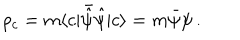
\rho _ { c } = m \langle c | \bar { \hat { \psi } } { \hat { \psi } } | c \rangle = m \bar { \psi } \psi \, .